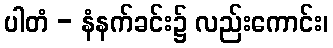
ပါတံ - နံနက်ခင်း၌ လည်းကောင်း၊